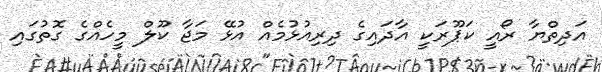
އަދިތްޔާ ރޯއީ ކަޕޫރަކީ އާދައިގެ ދިރިއުޅުމެއް އުޅޭ މަޖާ ކޫލް މީހެއްގެ ގޮތުގައި